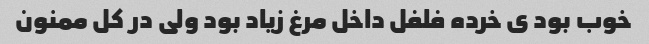
خوب بود ی خرده فلفل داخل مرغ زیاد بود ولی در کل ممنون